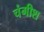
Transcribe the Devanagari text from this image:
चंगीश